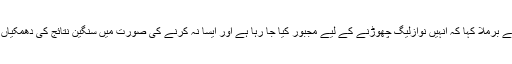
کئی امیدواروں نے بَرملا کہا کہ اُنہیں نوازلیگ چھوڑنے کے لیے مجبور کیا جا رہا ہے اور ایسا نہ کرنے کی صورت میں سنگین نتائج کی دھمکیاں دی جا رہی ہیں۔